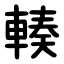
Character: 輳